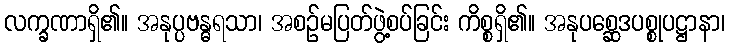
လက္ခဏာရှိ၏။ အနုပ္ပဗန္ဓရသာ၊ အစဉ်မပြတ်ဖွဲ့စပ်ခြင်း ကိစ္စရှိ၏။ အနုပစ္ဆေဒပစ္စုပဋ္ဌာနာ၊